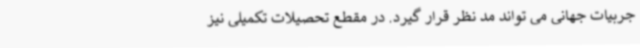
جربیات جهانی می تواند مد نظر قرار گیرد. در مقطع تحصیلات تکمیلی نیز